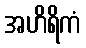
အဟိရိကံ